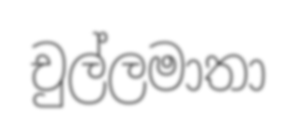
චුල්ලමාතා